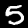
Digit: 5